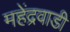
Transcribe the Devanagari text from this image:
महेंद्रवाडी